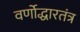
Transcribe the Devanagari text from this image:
वर्णोद्धारतंत्र